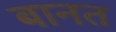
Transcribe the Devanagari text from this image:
बानत